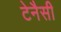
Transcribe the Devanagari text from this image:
टेनैसी